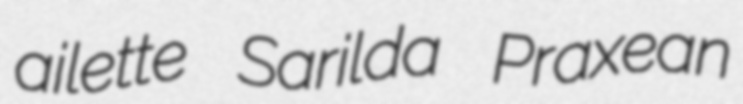
ailette Sarilda Praxean